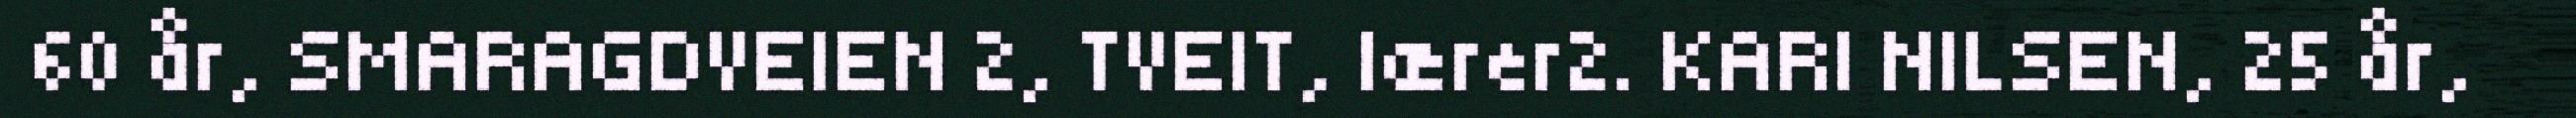
60 år, SMARAGDVEIEN 2, TVEIT, lærer2. KARI NILSEN, 25 år,